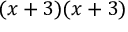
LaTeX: ( x + 3 ) ( x + 3 )